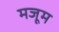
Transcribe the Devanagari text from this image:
मजूम